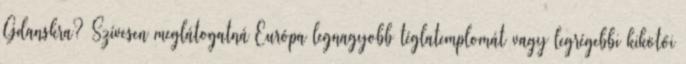
Gdanskra? Szívesen meglátogatná Európa legnagyobb téglatemplomát vagy legrégebbi kikötői